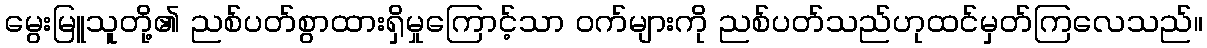
မွေးမြူသူတို့၏ ညစ်ပတ်စွာထားရှိမှုကြောင့်သာ ဝက်များကို ညစ်ပတ်သည်ဟုထင်မှတ်ကြလေသည်။